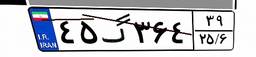
۴۵گ۳۶۴۳۹